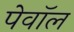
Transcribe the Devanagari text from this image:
पेवॉल